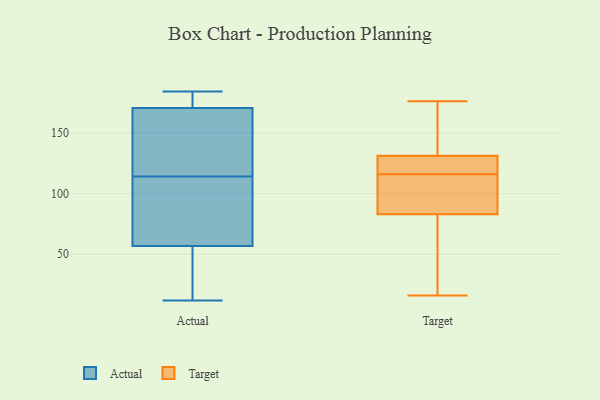
{"axis": {"x": "Latency (ms)", "y": "Value"}, "legend": ["Actual", "Target"], "data": [{"x": "", "y": 102, "type": "Actual"}, {"x": "", "y": 62, "type": "Actual"}, {"x": "", "y": 133, "type": "Actual"}, {"x": "", "y": 174, "type": "Actual"}, {"x": "", "y": 184, "type": "Actual"}, {"x": "", "y": 12, "type": "Actual"}, {"x": "", "y": 39, "type": "Actual"}, {"x": "", "y": 38, "type": "Actual"}, {"x": "", "y": 67, "type": "Actual"}, {"x": "", "y": 177, "type": "Actual"}, {"x": "", "y": 152, "type": "Actual"}, {"x": "", "y": 175, "type": "Actual"}, {"x": "", "y": 160, "type": "Actual"}, {"x": "", "y": 114, "type": "Actual"}, {"x": "", "y": 55, "type": "Actual"}, {"x": "", "y": 109, "type": "Target"}, {"x": "", "y": 120, "type": "Target"}, {"x": "", "y": 131, "type": "Target"}, {"x": "", "y": 95, "type": "Target"}, {"x": "", "y": 132, "type": "Target"}, {"x": "", "y": 118, "type": "Target"}, {"x": "", "y": 168, "type": "Target"}, {"x": "", "y": 28, "type": "Target"}, {"x": "", "y": 116, "type": "Target"}, {"x": "", "y": 16, "type": "Target"}, {"x": "", "y": 176, "type": "Target"}, {"x": "", "y": 47, "type": "Target"}, {"x": "", "y": 103, "type": "Target"}]}